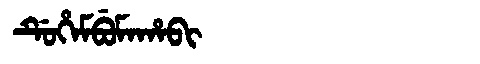
Manchu: ᡩᡠᡥᡝᠮᠪᡠᠮᠠᡥᠠᠪᡳ
Romanization: DUHEMBUMAHABI